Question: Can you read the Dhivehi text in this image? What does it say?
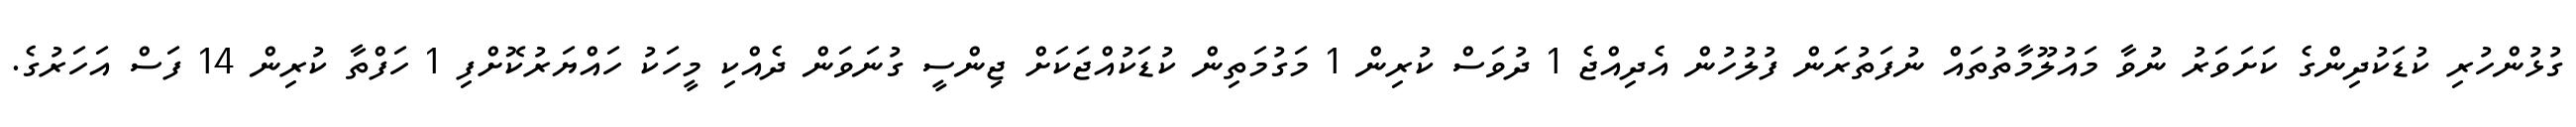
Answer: ގުޅުންހުރި ކުޑަކުދިންގެ ކަށަވަރު ނުވާ މައުލޫމާތުތައް ނުފަތުރަން ފުލުހުން އެދިއްޖެ 1 ދުވަސް ކުރިން 1 މަގުމަތިން ކުޑަކުއްޖަކަށް ޖިންސީ ގުނަވަން ދެއްކި މީހަކު ހައްޔަރުކޮށްފި 1 ހަފްތާ ކުރިން 14 ފަސް އަހަރުގެ.